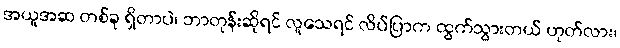
အယူအဆ တစ်ခု ရှိတာပဲ၊ ဘာတုန်းဆိုရင် လူသေရင် လိပ်ပြာက ထွက်သွားတယ် ဟုတ်လား၊